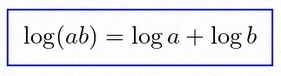
\log(ab)=\log a+\log b